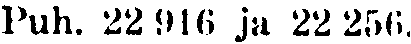
Puh. 22 916 ja 22 256.